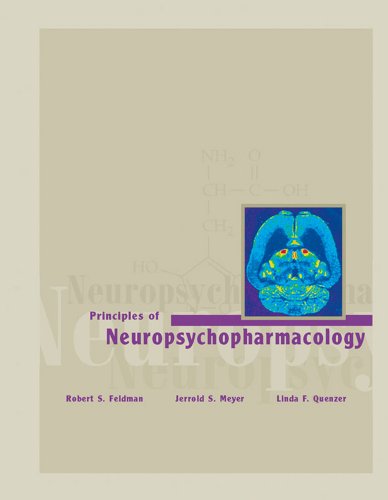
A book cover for Principles of Neuropsychopharmacology; Robert S. Feldman; Medical Books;